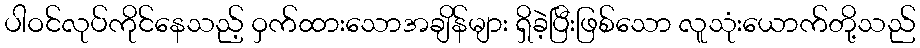
ပါဝင်လုပ်ကိုင်နေသည့် ဝှက်ထားသောအချိန်များ ရှိခဲ့ပြီးဖြစ်သော လူသုံးယောက်တို့သည်